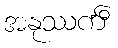
အနုဿင်္ကီ